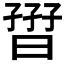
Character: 𡦏